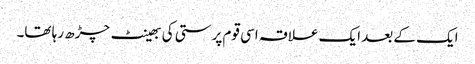
ایک کے بعد ایک علاقہ اسی قوم پرستی کی بھینٹ چڑھ رہا تھا۔